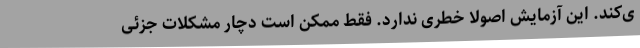
ی‌کند. این آزمایش اصولاً خطری ندارد. فقط ممکن است دچار مشکلات جزئی